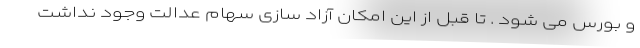
و بورس می شود . تا قبل از این امکان آزاد سازی سهام عدالت وجود نداشت